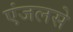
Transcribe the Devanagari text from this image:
एंजलसे